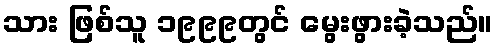
သား ဖြစ်သူ ၁၉၉၉တွင် မွေးဖွားခဲ့သည်။